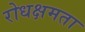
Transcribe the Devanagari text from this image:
रोधक्षमता